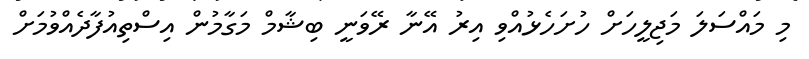
މި މައްސަލަ މަޖިލީހަށް ހުށަހެޅުއްވި އިރު އޭނާ ރޭވަނީ ބިޝާމް މަގާމުން އިސްތިއުފާދެއްވުމަށް